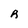
Character: R